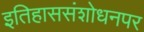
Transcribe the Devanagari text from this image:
इतिहाससंशोधनपर